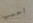
احسب